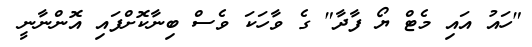
"ހައު އައި މެޓް ޔޯ ފާދާ" ގެ ވާހަކަ ވެސް ބިނާކޮށްފައި އޮންނާނީ